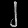
Digit: ၂